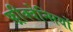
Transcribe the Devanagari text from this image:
फ़्रीक्वेन्सियों